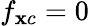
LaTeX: f_{\mathbf{x}c}=0